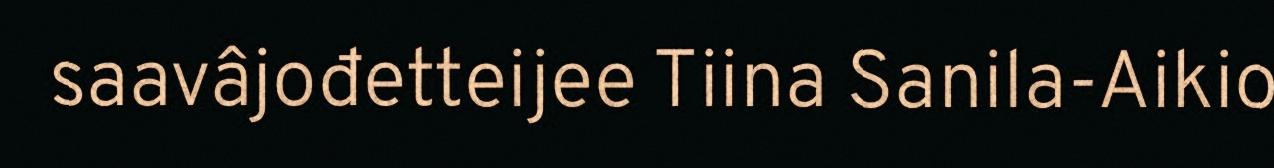
saavâjođetteijee Tiina Sanila-Aikio